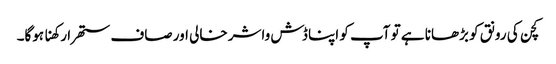
کچن کی رونق کو بڑھانا ہے تو آپ کو اپنا ڈش واشر خالی اور صاف ستھرا رکھنا ہوگا۔